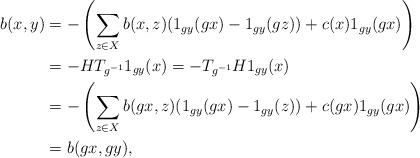
LaTeX: \begin{align*}b(x,y) &= -\left(\sum_{z \in X}b(x,z)(1_{gy}(gx) - 1_{gy}(gz)) +c(x)1_{gy}(gx)\right) \\ &= -HT_{g^{-1}}1_{gy}(x) = -T_{g^{-1}}H1_{gy}(x) \\&= -\left(\sum_{z \in X}b(gx,z)(1_{gy}(gx) - 1_{gy}(z)) + c(gx)1_{gy}(gx)\right) \\&= b(gx,gy), \end{align*}